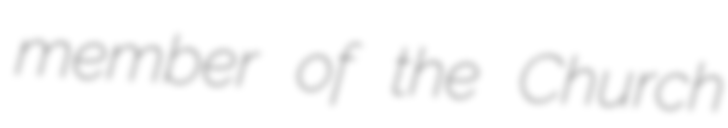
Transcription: member of the Church